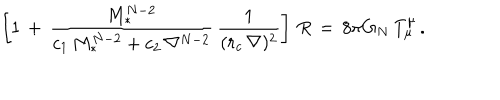
LaTeX: \left[ 1 \, + \, { \frac { M _ { * } ^ { N - 2 } } { c _ { 1 } \, M _ { * } ^ { N - 2 } + c _ { 2 } \, \nabla ^ { N - 2 } } } \, { \frac { 1 } { ( r _ { c } \, \nabla ) ^ { 2 } } } \right] \, R \, = \, 8 \pi G _ { N } \, T _ { \mu } ^ { \mu } \, .